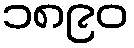
၁၈၉၀